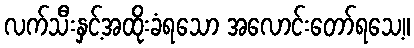
လက်သီးနှင့်အထိုးခံရသော အလောင်းတော်ရသေ့။